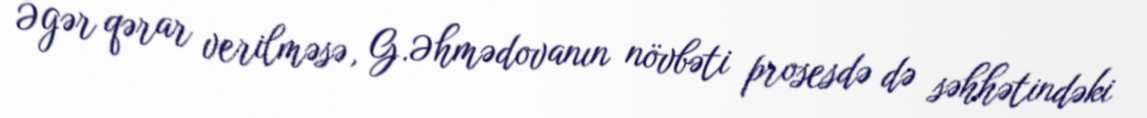
Əgər qərar verilməsə, G.Əhmədovanın növbəti prosesdə də səhhətindəki